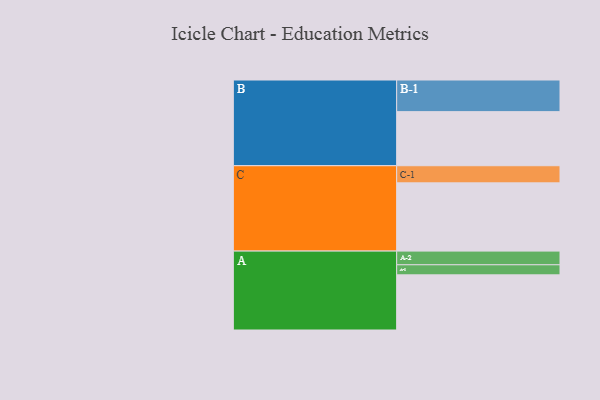
{"axis": {"x": "Segment", "y": "Value"}, "legend": ["", "A", "B", "C"], "data": [{"x": "A", "y": 476, "type": ""}, {"x": "B", "y": 467, "type": ""}, {"x": "C", "y": 589, "type": ""}, {"x": "A-1", "y": 87, "type": "A"}, {"x": "A-2", "y": 118, "type": "A"}, {"x": "B-1", "y": 273, "type": "B"}, {"x": "C-1", "y": 148, "type": "C"}]}